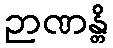
ဉာဏန္တိ